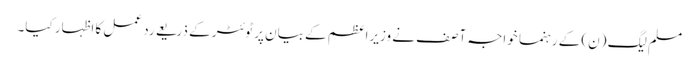
مسلم لیگ (ن) کے رہنما خواجہ آصف نے وزیراعظم کے بیان پر ٹوئٹر کے ذریعے رد عمل کا اظہار کیا۔